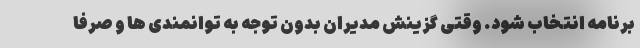
برنامه انتخاب شود. وقتی گزینش مدیران بدون توجه به توانمندی ها و صرفاً